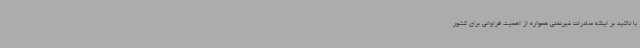
با تأکید بر اینکه صادرات غیرنفتی همواره از اهمیت فراوانی برای کشور